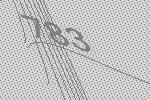
783